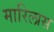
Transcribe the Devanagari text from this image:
मारिलास